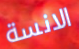
الانسة